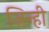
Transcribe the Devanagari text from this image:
जिन्ही